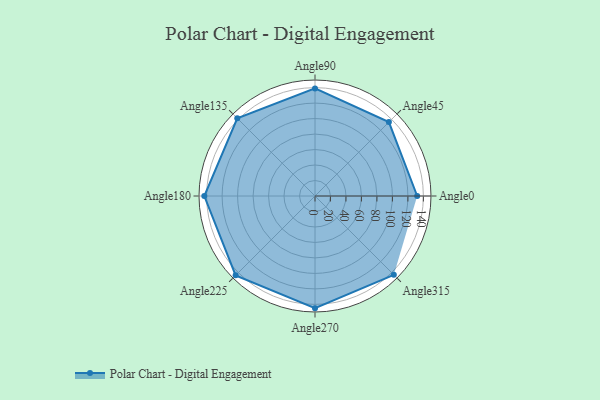
{"axis": {"x": "Angle", "y": "Radius"}, "legend": [""], "data": [{"x": "Angle0", "y": 132.0, "type": ""}, {"x": "Angle45", "y": 135.0, "type": ""}, {"x": "Angle90", "y": 139.0, "type": ""}, {"x": "Angle135", "y": 142.0, "type": ""}, {"x": "Angle180", "y": 143.0, "type": ""}, {"x": "Angle225", "y": 145.0, "type": ""}, {"x": "Angle270", "y": 145.0, "type": ""}, {"x": "Angle315", "y": 144.0, "type": ""}]}